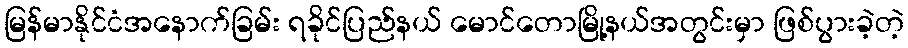
မြန်မာနိုင်ငံအနောက်ခြမ်း ရခိုင်ပြည်နယ် မောင်တောမြို့နယ်အတွင်းမှာ ဖြစ်ပွားခဲ့တဲ့